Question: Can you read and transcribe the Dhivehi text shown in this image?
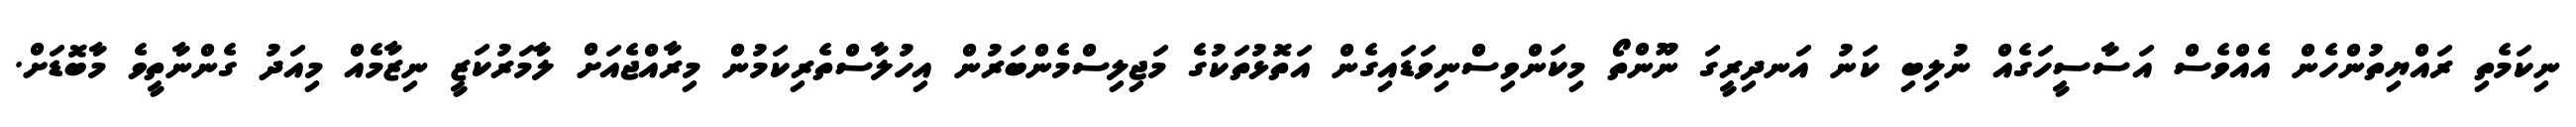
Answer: ނިކަމެތި ރައްޔިތުންހެން އެއްވެސް އަސާސީހަގެއް ނުލިބި ކަނު އަނދިރީގަ ނޫންތޯ މިކަންވިސްނިވަޑައިގެން އަތޮޅުތަކުގެ މަޖިލިސްމެންބަރުން އިހުލާސްތެރިކަމުން މިރާއްޖެއަށް ލާމަރުކަޒީ ނިޒާމެއް މިއަދު ގެންނާތީވެ މާބޮޑަށް.